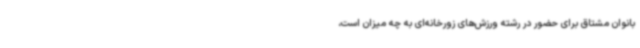
بانوان مشتاق برای حضور در رشته ورزش‌های زورخانه‌ای به چه میزان است،